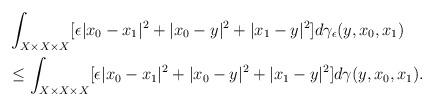
LaTeX: \begin{align*}&\int_{X \times X \times X} [\epsilon|x_0-x_1|^2 +|x_0-y|^2+|x_1-y|^2]d\gamma_\epsilon(y,x_0,x_1) \\&\leq \int_{X \times X \times X} [\epsilon|x_0-x_1|^2 +|x_0-y|^2+|x_1-y|^2]d\gamma(y,x_0,x_1).\end{align*}